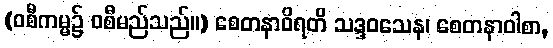
(ဝစီကမ္မ၌ ဝစီမည်သည်။) စေတနာဝိရတိ သဒ္ဒဝသေန၊ စေတနာဝါစာ,